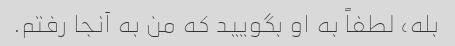
بله، لطفاً به او بگویید که من به آنجا رفتم.